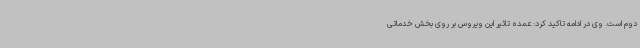
دوم است. وی در ادامه تاکید کرد: عمده تاثیر این ویروس بر روی بخش خدماتی